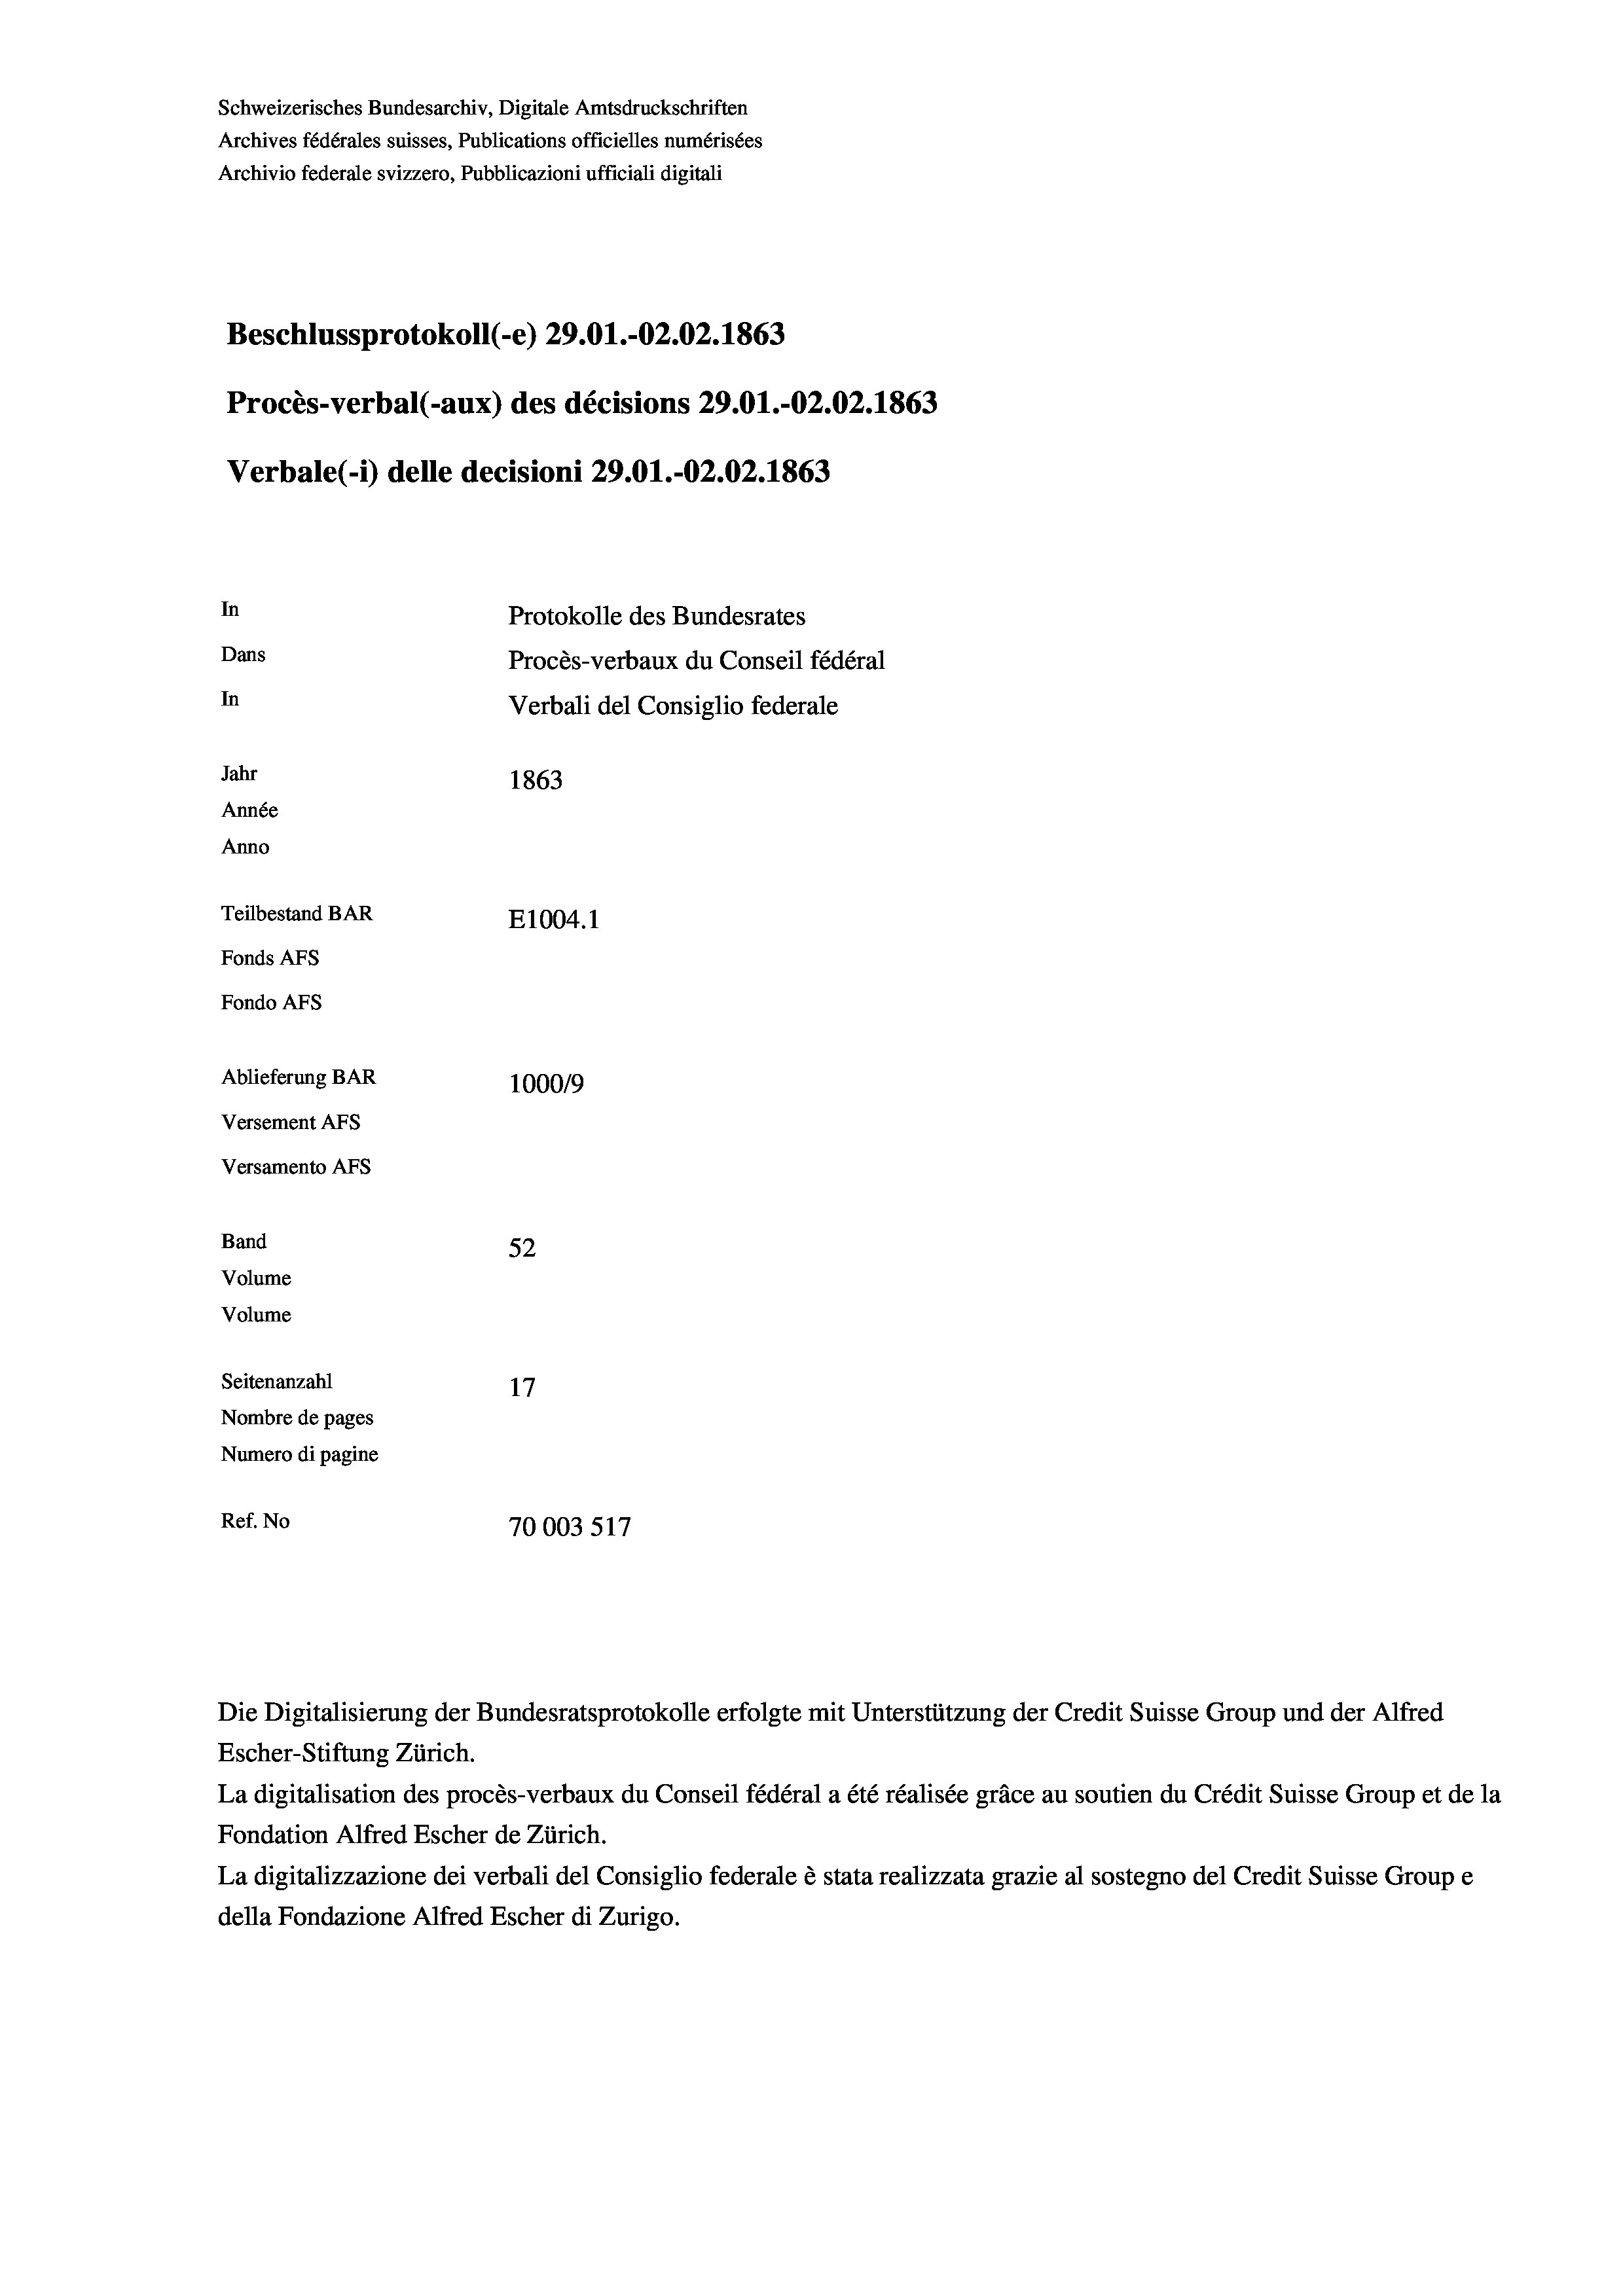
Schweizerisches Bundesarchiv, Digitale Amtsdruckschriften
Archives fédérales suisses, Publications officielles numérisées
Archivio federale svizzero, Pubblicazioni ufficiali digitali
Beschlussprotokoll (-e) 29.01.-O2.02. 1863
Procès-verbal (-aux) des décisions 29.01.-O2.02. 1863
Verbale(*) delle decisioni 29.01.-O2.02. 1863
In
Protokolle des Bundesrates
Dans
Procès-verbaux du Conseil fédéral
In
Verbali del Consiglio federale
Jahr
1863
Année
Anno
Teilbestand BAR
E1004. 1
Fonds AFs
Fondo AFs
Ablieferung BAR
100019
Versement AFs
Versamento Afs
Band
52
Volume
Volume
Seitenanzahl
Nombre de pages
Numero di pagine
Ref. No
70003517

Escher-Stiftung Zürich.
La digitalisation des procès-verbaux du Conseil fédéral a été réalisée gräce au soutien du Crédit Suisse Group et de la
Fondation Alfred Escher de Zürich.
La digitalizzazione dei verbali del Consiglio federale è stata realizzata grazie al sostegno del Credit Suisse Groupe
della Fondazione Alfred Escher di Zurigo.

Die Digitalisierung der Bundesratsprotokolle erfolgte mit Unterstützung der Credit Suisse Group und der Alfred